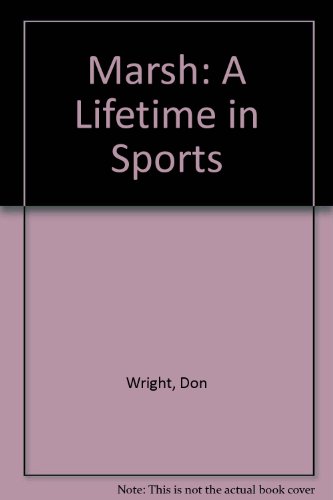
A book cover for Marsh: A Lifetime in Sports; Don Wright; Sports & Outdoors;